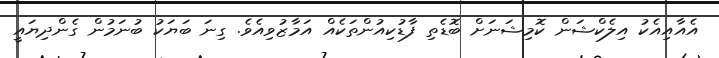
އެއާއިއެކު އިލެކްޝަން ކޮމިޝަނަށް ބޮޑެތި ފާޑުކިއުންތަކެއް އަމާޒުވިއެވެ. ގިނަ ބަޔަކު ބުނަމުން ގެންދިޔައީ